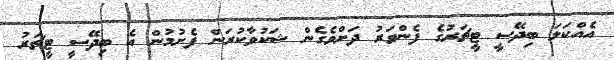
އެއްކަލަ ބިދޭސީ ޓީޗަރުގެ ފެންވަރު ދަށްވެގެން ޝަކުވާކުރަން ފެށުމުން އެ ބިދޭސީ ޓީޗަރު